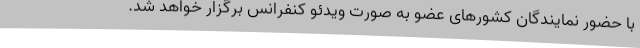
با حضور نمایندگان کشورهای عضو به صورت ویدئو کنفرانس برگزار خواهد شد.